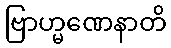
ဗြာဟ္မဏေနာတိ